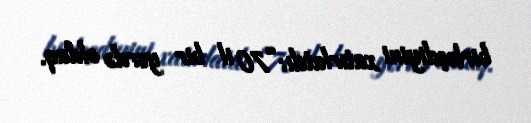
birləşdiyini xatırlatdı: “70 il bir yerdə olduq.